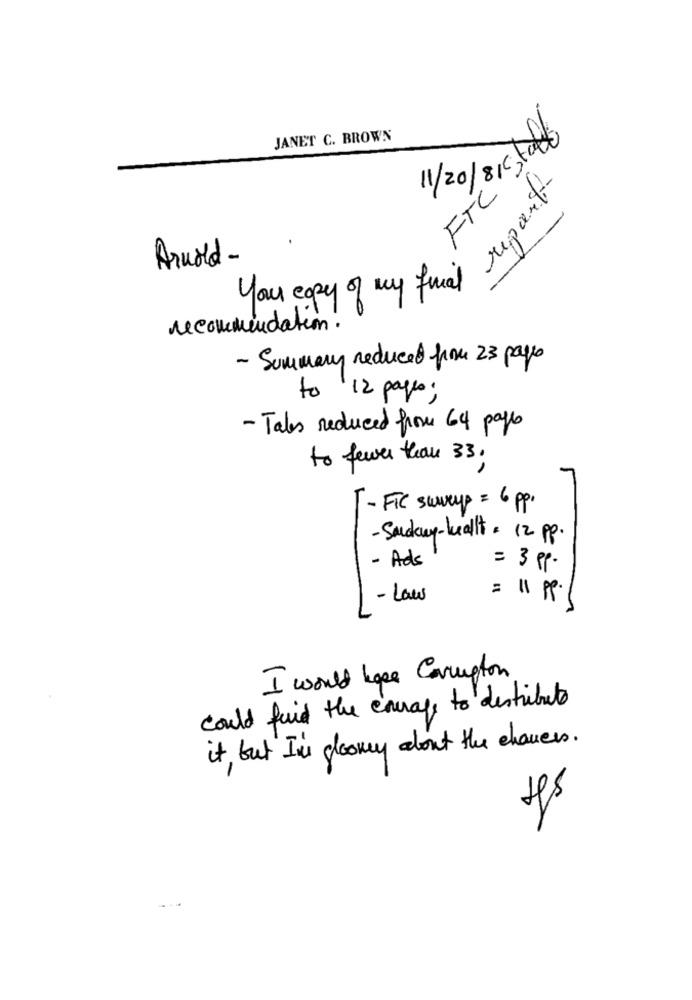
JANET C. BROWN
11/20/81 tad
FTC"
report
Arnold -
your copy of my final
recommendation.
- Summary reduced from 23 pages
to 12 pages;
- Tales reduced from 64 pages
to fewer than 33.
- FTC swweyp = 6 pp.
- Sudky-kallt = 12 pp.
- Ads
= 3 pp.
- Laws
= "\ pp.
I would have Carington
could find the courage to distribute
it, but I' gloomy about the chaves.